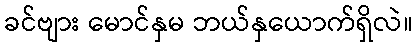
ခင်ဗျား မောင်နှမ ဘယ်နှယောက်ရှိလဲ။